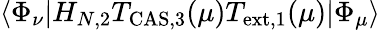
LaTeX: \langle\Phi_{\nu}|H_{N,2}T_{\mathrm{CAS,3}}(\mu)T_{\mathrm{ext,1}}(\mu)|\Phi_{\mu}\rangle